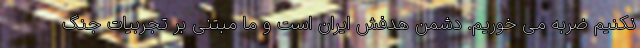
نکنیم ضربه می خوریم. دشمن هدفش ایران است و ما مبتنی بر تجربیات جنگ